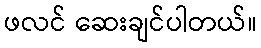
ဖလင် ဆေးချင်ပါတယ်။